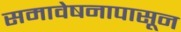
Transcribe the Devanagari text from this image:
समावेषनापासून